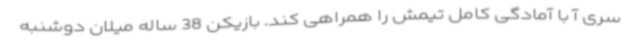
سری آ با آمادگی کامل تیمش را همراهی کند. بازیکن 38 ساله میلان دوشنبه